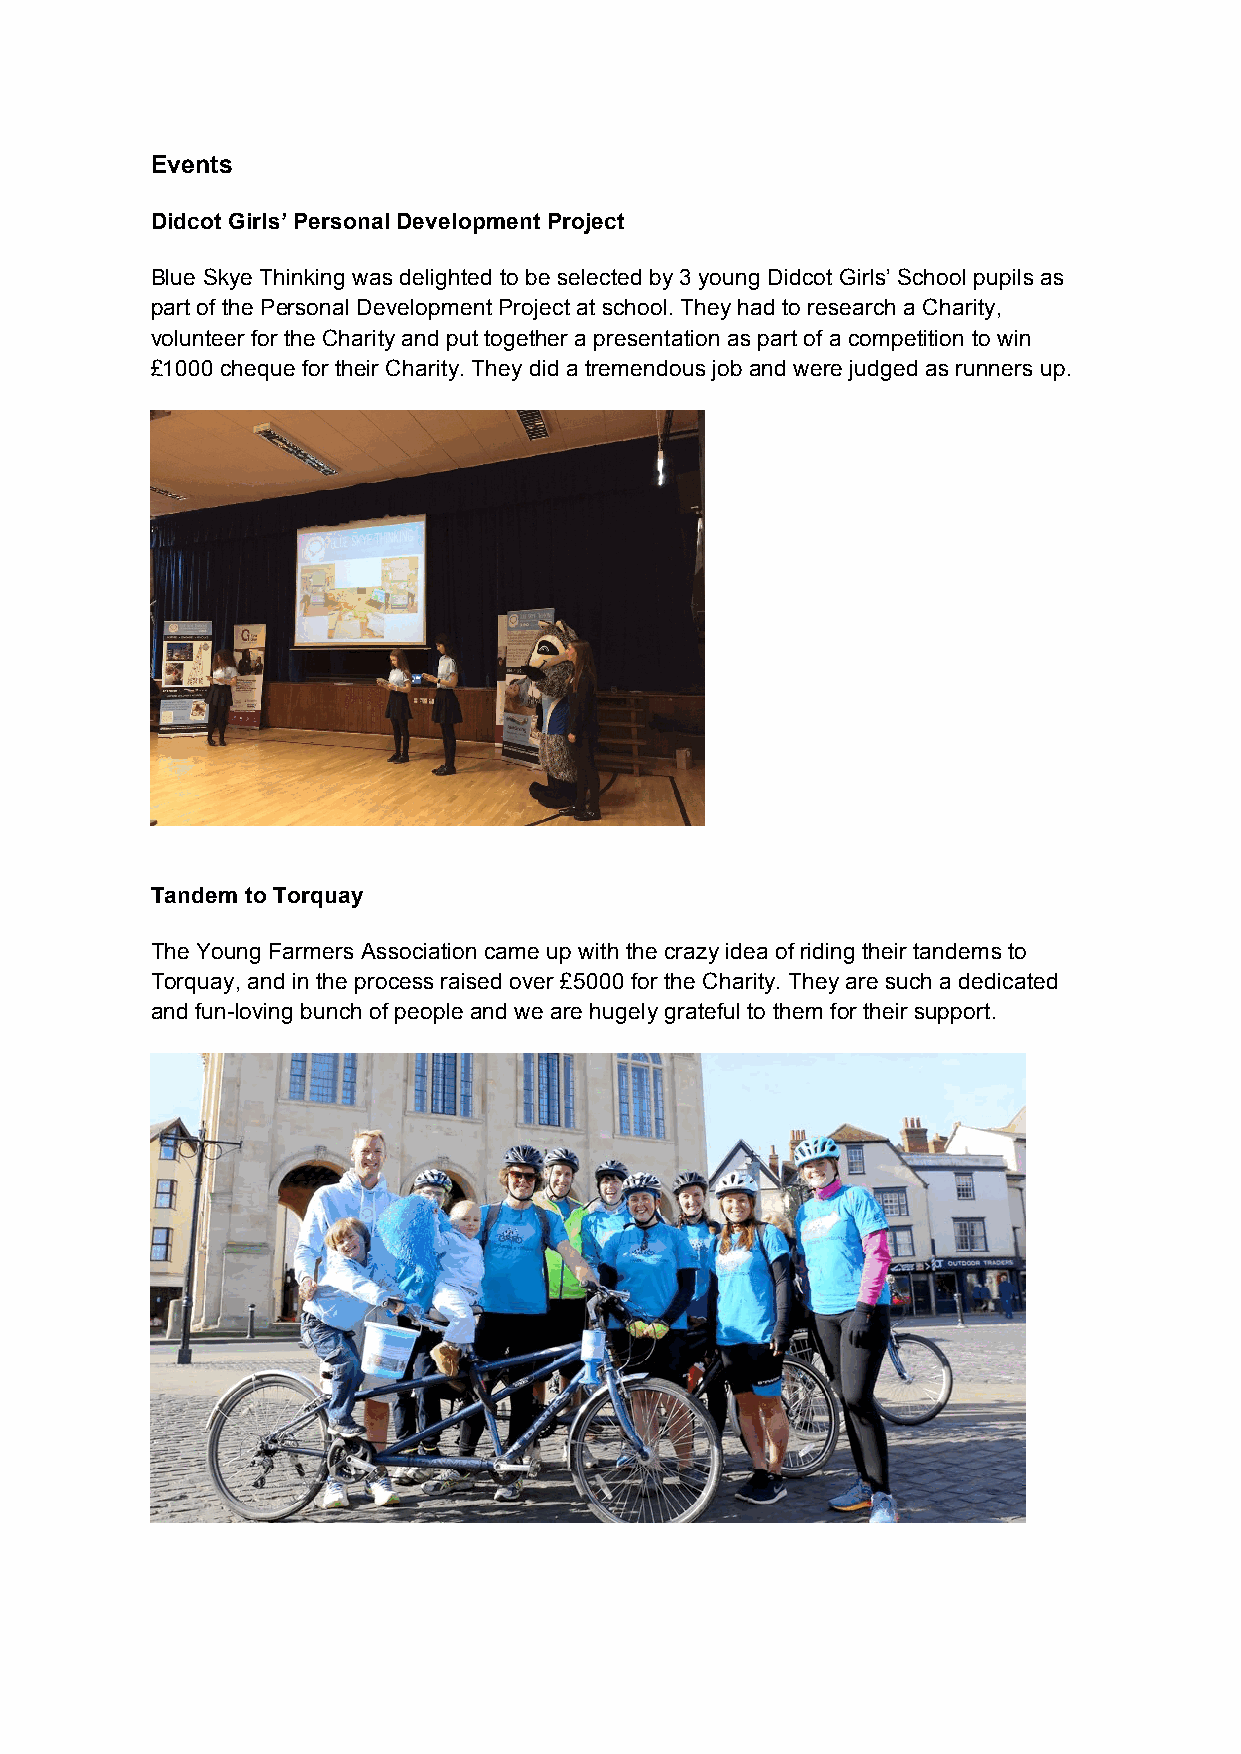
Events
 Didcot Girls’ Personal Development Project
 Blue Skye Thinking was delighted to be selected by 3 young Didcot Girls’ School pupils as
 part of the Personal Development Project at school. They had to research a Charity,
 volunteer for the Charity and put together a presentation as part of a competition to win
 £1000 cheque for their Charity. They did a tremendous job and were judged as runners up.
 Tandem to Torquay
 The Young Farmers Association came up with the crazy idea of riding their tandems to
 Torquay, and in the process raised over £5000 for the Charity. They are such a dedicated
 and fun-loving bunch of people and we are hugely grateful to them for their support.